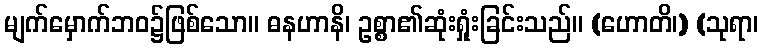
မျက်မှောက်ဘဝ၌ဖြစ်သော။ ဓနဟာနိ၊ ဥစ္စာ၏ဆုံးရှုံးခြင်းသည်။ (ဟောတိ၊) (သုရာ၊